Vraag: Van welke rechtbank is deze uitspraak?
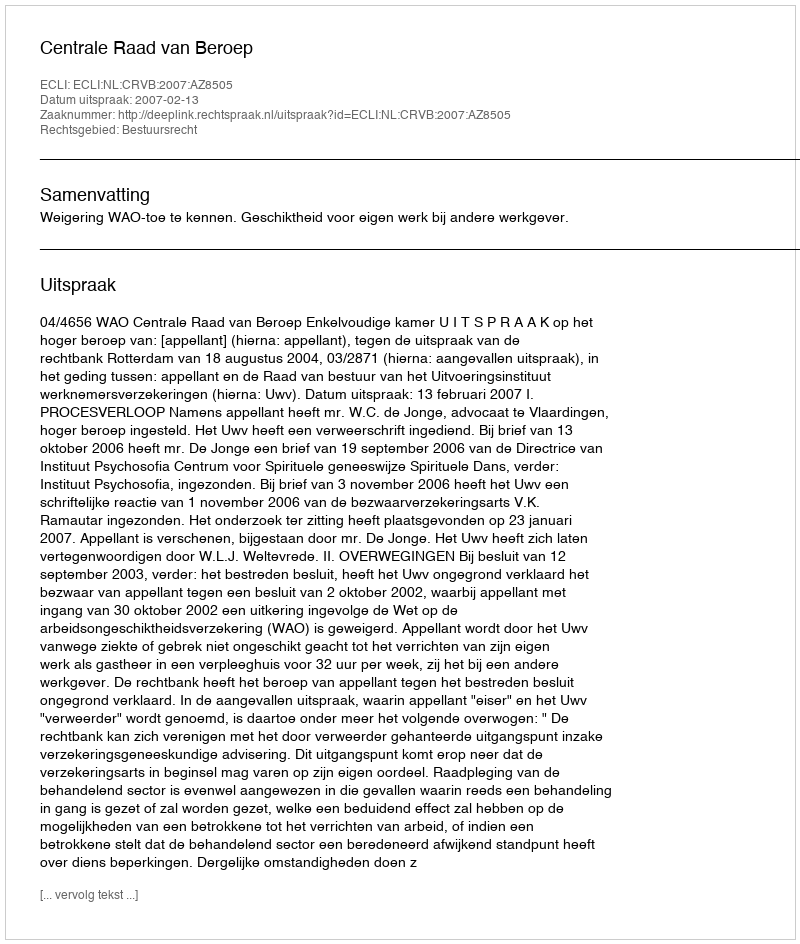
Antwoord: Centrale Raad van Beroep